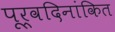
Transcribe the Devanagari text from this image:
पूर्वदिनांकित